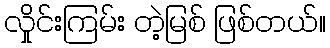
လှိုင်းကြမ်း တဲ့မြစ် ဖြစ်တယ်။